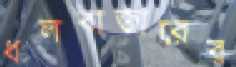
ধলবাজারের